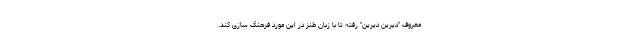
معروف "دیرین دیرین" رفته تا با زبان طنز در این مورد فرهنگ سازی کند.